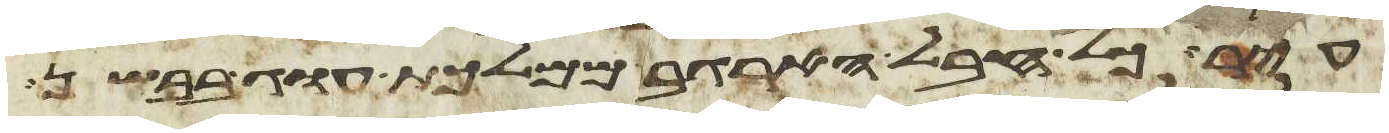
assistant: עיר כל חבל הארגב ממלכות עוג בבשן